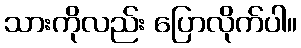
သားကိုလည်း ပြောလိုက်ပါ။